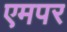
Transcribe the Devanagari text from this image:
एमपर